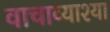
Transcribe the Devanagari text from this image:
वाचाव्याश्या